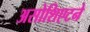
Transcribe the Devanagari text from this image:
असोशिएटने